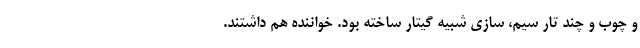
و چوب و چند تار سیم، سازی شبیه گیتار ساخته بود. خواننده هم داشتند.